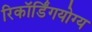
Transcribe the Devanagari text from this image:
रिकॉर्डिंगयोग्य